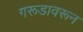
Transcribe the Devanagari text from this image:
गरूडावरून